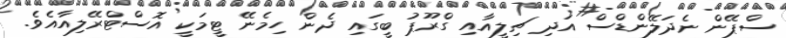
ސްޕޭން ނެދަލޭންޑްސް އަދި ޗިލީއާއި ގްރޫޕު ބީގައި ދެން ހިމެނޭ ޓީމަކީ އޮސްޓްރޭލިއާއެވެ.